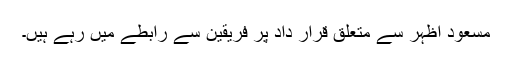
مسعود اظہر سے متعلق قرار داد پر فریقین سے رابطے میں رہے ہیں۔